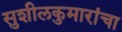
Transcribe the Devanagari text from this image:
सुशीलकुमारांचा